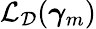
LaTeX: \mathcal{L}_{\mathcal{D}}(\boldsymbol{\gamma}_{m})